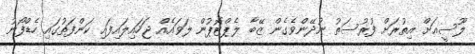
ލޫސީއަށް އިތުރަށް ފުރުސަތު ނުދޭންވެގެން ޒޭބާ ލެޕްޓޮޕުން ލަވައެއް ޖަހައިލައިފައި ކަންފަތުގައި ހެޑްފޯނު